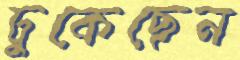
ঢুকেছেন